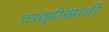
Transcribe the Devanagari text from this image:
तरतुदीखाली